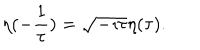
\eta ( - \frac 1 \tau ) = \sqrt { - \imath \tau } \eta ( \tau ) .